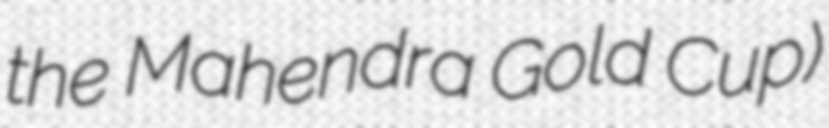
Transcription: the Mahendra Gold Cup)